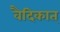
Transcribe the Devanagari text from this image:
वैदिकात्